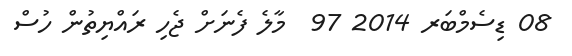
08 ޑިސެމްބަރ 2014 97  މާލެ ފެނަށް ޖެހި ރައްޔިތުން ހުސް